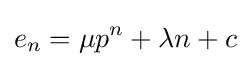
e_{n}=\mu p^{n}+\lambda n+c